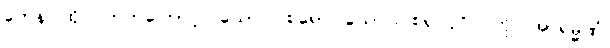
တေန၊ ထို ဝိတက်ကြောင့်။ ယောဂါဝစရော၊ ယောဂါဝစရ ပုဂ္ဂိုလ်ကို။ အာရမ္မဏံ၊